Vaccination in Bombay 1869-1873 - 1869-1873
Year: 1869
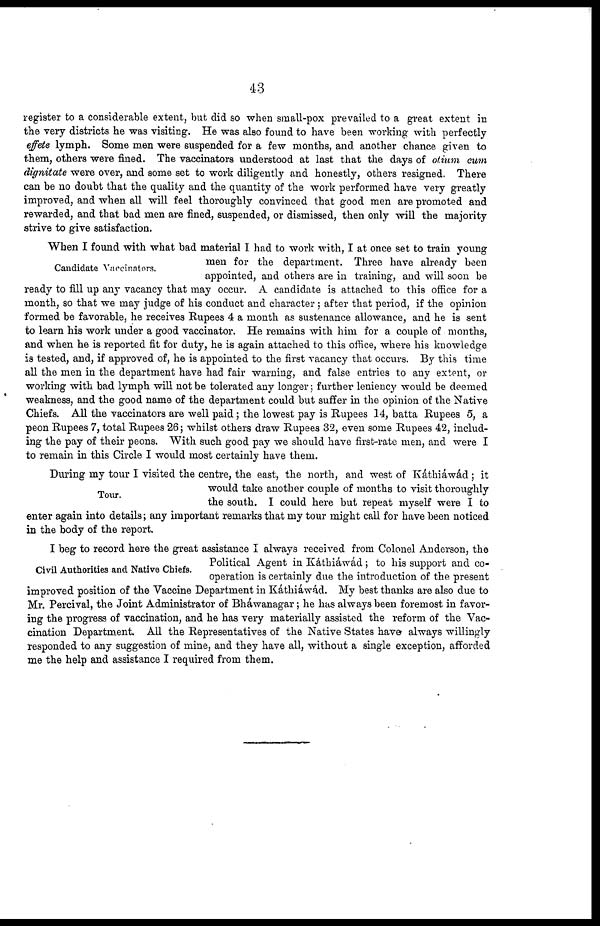
43
register to a considerable extent, but did so when small-pox prevailed to a great extent in
the very districts he was visiting. He was also found to have been working with perfectly
effete lymph. Some men were suspended for a few months, and another chance given to
them, others were fined. The vaccinators understood at last that the days of otium cum
dignitate were over, and some set to work diligently and honestly, others resigned. There
can be no doubt that the quality and the quantity of the work performed have very greatly
improved, and when all will feel thoroughly convinced that good men are promoted and
rewarded, and that bad men are fined, suspended, or dismissed, then only will the majority
strive to give satisfaction.
Candidate Vaccinators.
When I found with what bad material I had to work with, I at once set to train young
men for the department. Three have already been
appointed, and others are in training, and will soon be
ready to fill up any vacancy that may occur. A candidate is attached to this office for a
month, so that we may judge of his conduct and character ; after that period, if the opinion
formed be favorable, he receives Rupees 4 a month as sustenance allowance, and he is sent
to learn his work under a good vaccinator. He remains with him for a couple of months,
and when he is reported fit for duty, he is again attached to this office, where his knowledge
is tested, and, if approved of, he is appointed to the first vacancy that occurs. By this time
all the men in the department have had fair warning, and false entries to any extent, or
working with bad lymph will not be tolerated any longer; further leniency would be deemed
weakness, and the good name of the department could but suffer in the opinion of the Native
Chiefs. All the vaccinators are well paid ; the lowest pay is Rupees 14, batta Rupees 5, a
peon Rupees 7, total Rupees 26; whilst others draw Rupees 32, even some Rupees 42, includ-
ing the pay of their peons. With such good pay we should have first-rate men, and were I
to remain in this Circle I would most certainly have them.
Tour.
During my tour I visited the centre, the east, the north, and west of Káthiáwád; it
would take another couple of months to visit thoroughly
the south. I could here but repeat myself were I to
enter again into details; any important remarks that my tour might call for have been noticed
in the body of the report.
Civil Authorities and Native Chiefs.
I beg to record here the great assistance I always received from Colonel Anderson, the
Political Agent in Káthiáwád; to his support and co-
operation is certainly due the introduction of the present
improved position of the Vaccine Department in Káthiáwád. My best thanks are also due to
Mr. Percival, the Joint Administrator of Bháwanagar; he has always been foremost in favor-
ing the progress of vaccination, and he has very materially assisted the reform of the Vac-
cination Department. All the Representatives of the Native States have always willingly
responded to any suggestion of mine, and they have all, without a single exception, afforded
me the help and assistance I required from them.